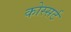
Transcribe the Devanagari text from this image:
कोस्सर्ट